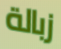
زبالة